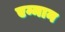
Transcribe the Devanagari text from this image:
एम्मान